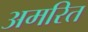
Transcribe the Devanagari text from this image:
अमरित